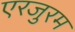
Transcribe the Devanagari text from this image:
एरजुरम